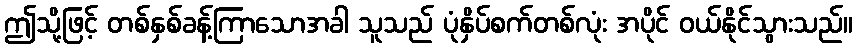
ဤသို့ဖြင့် တစ်နှစ်ခန့်ကြာသောအခါ သူသည် ပုံနှိပ်စက်တစ်လုံး အပိုင် ဝယ်နိုင်သွားသည်။